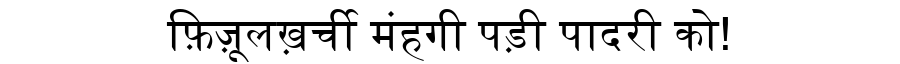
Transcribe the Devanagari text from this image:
फ़िज़ूलख़र्ची मंहगी पड़ी पादरी को!